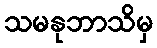
သမနုဘာသိမှ